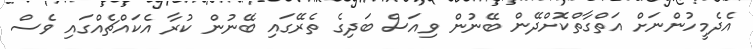
އެދެމީހުންނަށް އަތްގާތްކޮށްދޭން ބޭނުން ވިއަސް ބަދިގެ ތެރޭގައި ބޭނުން ކުރާ އެކައްޗެއްގައި ވެސް